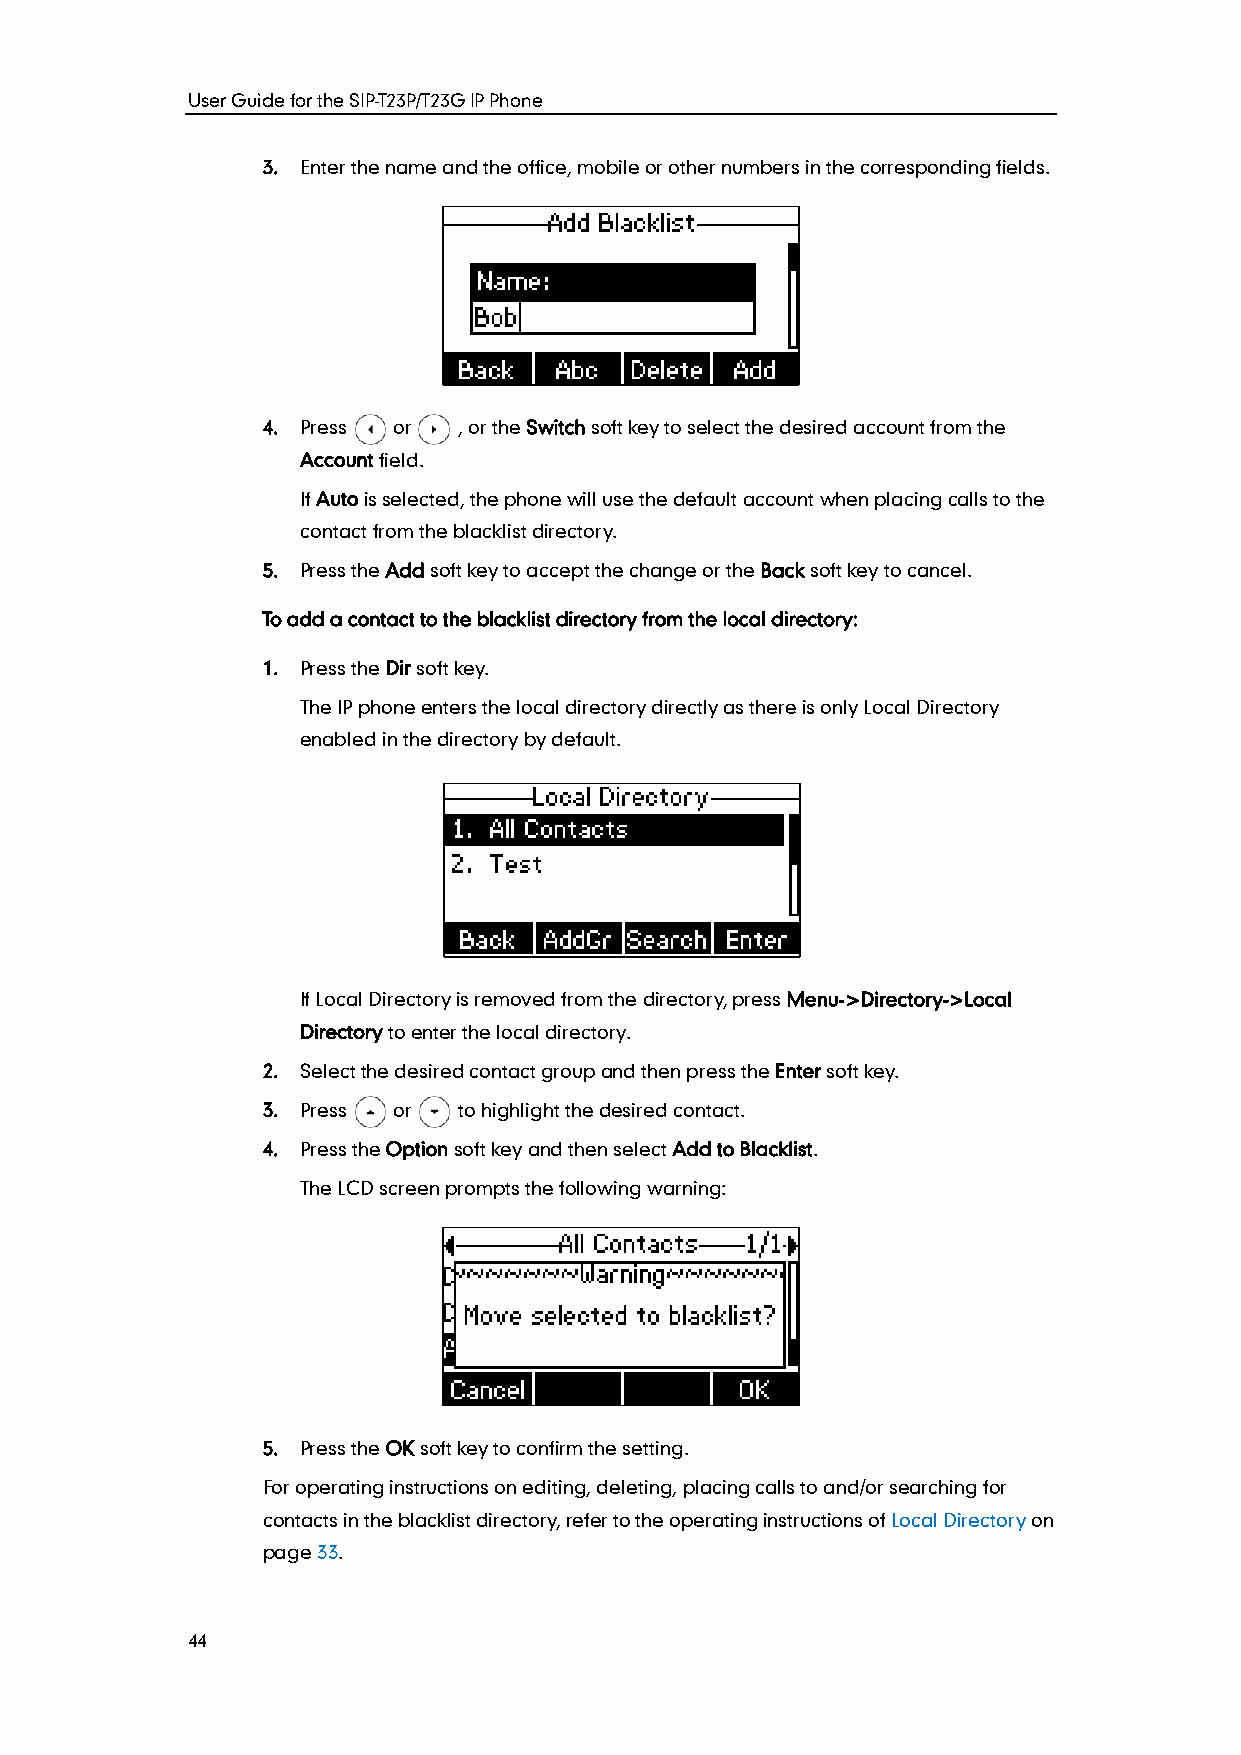
User Guide for the SIP-T23P/T23G IP Phone
 3. Enter the name and the office, mobile or other numbers in the corresponding fields.
 4. Press or  , or the Switch soft key to select the desired account from the
 Account field.
 If Auto is selected, the phone will use the default account when placing calls to the
 contact from the blacklist directory.
 5. Press the Add soft key to accept the change or the Back soft key to cancel.
 To add a contact to the blacklist directory from the local directory:
 1. Press the Dir soft key.
 The IP phone enters the local directory directly as there is only Local Directory
 enabled in the directory by default.
 If Local Directory is removed from the directory, press Menu->Directory->Local
 Directory to enter the local directory.
 2. Select the desired contact group and then press the Enter soft key.
 3. Press or  to highlight the desired contact.
 4. Press the Option soft key and then select Add to Blacklist.
 The LCD screen prompts the following warning:
 5. Press the OK soft key to confirm the setting.
 For operating instructions on editing, deleting, placing calls to and/or searching for
 contacts in the blacklist directory, refer to the operating instructions of Local Directory on
 page 33.
 44